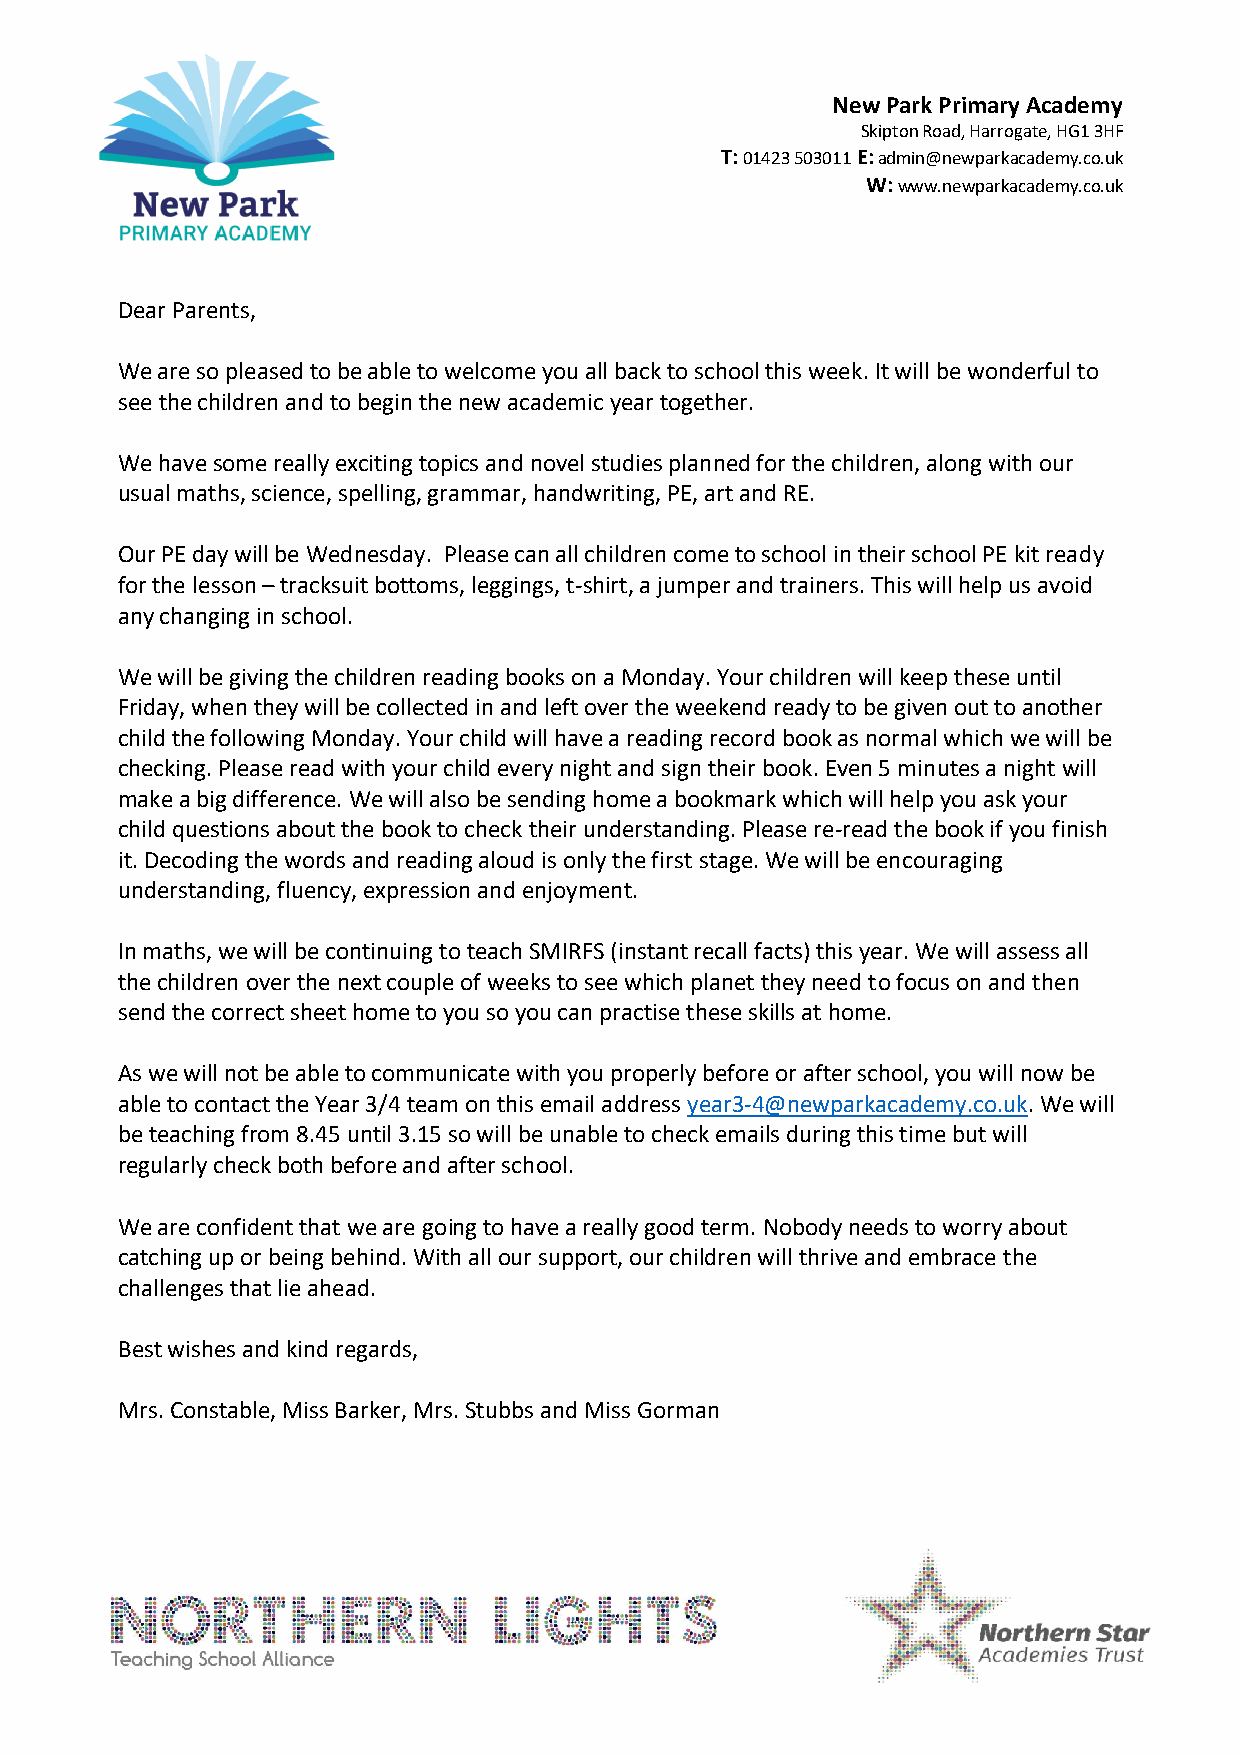
New Park Primary Academy
 Skipton Road, Harrogate, HG1 3HF
 T: 01423 503011 E: admin@newparkacademy.co.uk
 W: www.newparkacademy.co.uk
 Dear Parents,
 We are so pleased to be able to welcome you all back to school this week. It will be wonderful to
 see the children and to begin the new academic year together.
 We have some really exciting topics and novel studies planned for the children, along with our
 usual maths, science, spelling, grammar, handwriting, PE, art and RE.
 Our PE day will be Wednesday. Please can all children come to school in their school PE kit ready
 for the lesson – tracksuit bottoms, leggings, t-shirt, a jumper and trainers. This will help us avoid
 any changing in school.
 We will be giving the children reading books on a Monday. Your children will keep these until
 Friday, when they will be collected in and left over the weekend ready to be given out to another
 child the following Monday. Your child will have a reading record book as normal which we will be
 checking. Please read with your child every night and sign their book. Even 5 minutes a night will
 make a big difference. We will also be sending home a bookmark which will help you ask your
 child questions about the book to check their understanding. Please re-read the book if you finish
 it. Decoding the words and reading aloud is only the first stage. We will be encouraging
 understanding, fluency, expression and enjoyment.
 In maths, we will be continuing to teach SMIRFS (instant recall facts) this year. We will assess all
 the children over the next couple of weeks to see which planet they need to focus on and then
 send the correct sheet home to you so you can practise these skills at home.
 As we will not be able to communicate with you properly before or after school, you will now be
 able to contact the Year 3/4 team on this email address year3-4@newparkacademy.co.uk. We will
 be teaching from 8.45 until 3.15 so will be unable to check emails during this time but will
 regularly check both before and after school.
 We are confident that we are going to have a really good term. Nobody needs to worry about
 catching up or being behind. With all our support, our children will thrive and embrace the
 challenges that lie ahead.
 Best wishes and kind regards,
 Mrs. Constable, Miss Barker, Mrs. Stubbs and Miss Gorman